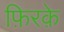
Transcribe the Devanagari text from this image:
फ़िरके़